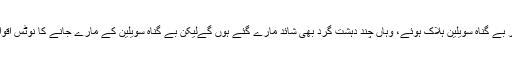
ڈرون حملوں سے جہاں سینکڑوں ہزاروں معصوم اور بے گناہ سویلین ہلاک ہوئے، وہاں چند دہشت گرد بھی شائد مارے گئے ہوں گےِلیکن بے گناہ سویلین کے مارے جانے کا نوٹس اقوام متحدہ کے کسی ادارے نے ابھی تک کیوں نہیں لیا؟